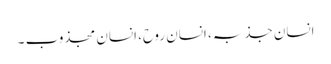
انسان جذبہ، انسان روح، انسان مجذوب ۔